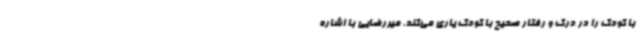
با کودک را در درک و رفتار صحیح با کودک یاری می‌کند. میررضایی با اشاره